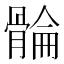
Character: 𮪮